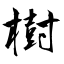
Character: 樹